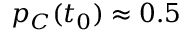
p _ { C } ( t _ { 0 } ) \approx 0 . 5